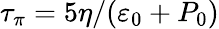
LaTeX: \tau_{\pi}=5\eta/(\varepsilon_{0}+P_{0})